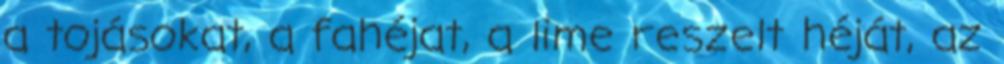
a tojásokat, a fahéjat, a lime reszelt héját, az